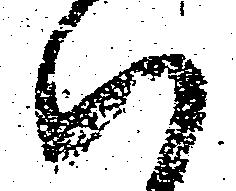
ハ